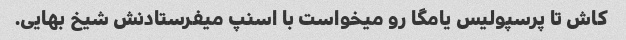
کاش تا پرسپولیس یامگا رو میخواست با اسنپ میفرستادنش شیخ بهایی.